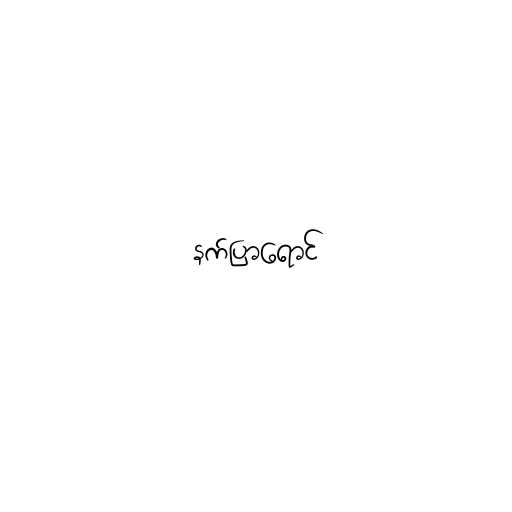
နက်ပြာရောင်